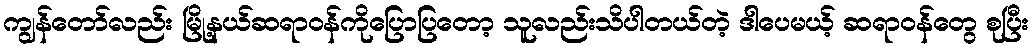
ကျွန်တော်လည်း မြို့နယ်ဆရာဝန်ကိုပြောပြတော့ သူလည်းသိပါတယ်တဲ့ ဒါပေမယ့် ဆရာဝန်တွေ စုပြီး